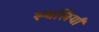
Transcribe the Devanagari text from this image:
स्थलियाँ